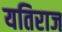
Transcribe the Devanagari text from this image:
यतिराज